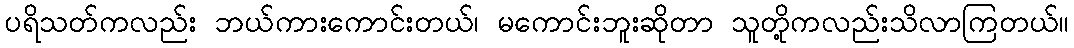
ပရိသတ်ကလည်း ဘယ်ကားကောင်းတယ်၊ မကောင်းဘူးဆိုတာ သူတို့ကလည်းသိလာကြတယ်။